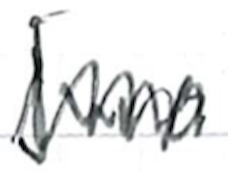
Text: Juno
Cross-out: zig-zag
Writing tool: ballpoint